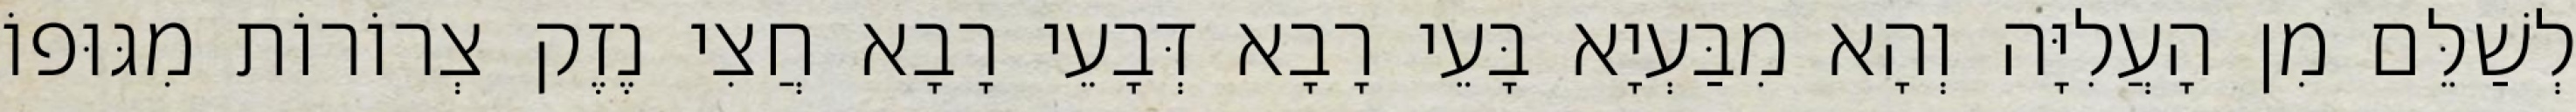
לְשַׁלֵּם מִן הָעֲלִיָּה וְהָא מִבַּעְיָא בָּעֵי רָבָא דְּבָעֵי רָבָא חֲצִי נֶזֶק צְרוֹרוֹת מִגּוּפוֹ